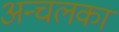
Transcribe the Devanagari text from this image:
अन्चलका